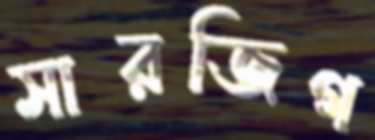
সারজিগ